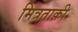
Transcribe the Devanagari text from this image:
मित्रताकी